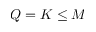
Q = K \le M